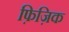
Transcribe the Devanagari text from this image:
फ़िज़िक